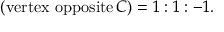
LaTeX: ( { \mathrm { v e r t e x ~ o p p o s i t e } } \, C ) = 1 : 1 : - 1 .